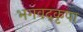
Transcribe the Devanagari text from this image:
भगवद्कृपा